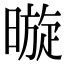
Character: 暶